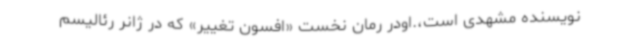
نویسنده مشهدی است،.اودر رمان نخست «افسون تغییر» که در ژانر رئالیسم